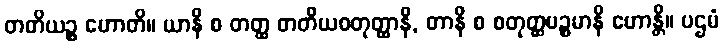
တတိယဉ္စ ဟောတိ။ ယာနိ စ တတ္ထ တတိယစတုတ္ထာနိ, တာနိ စ စတုတ္ထပဉ္စမာနိ ဟောန္တိ။ ပဌမံ